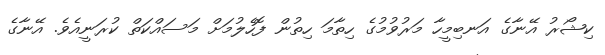
ކިޝޯރު އޭނާގެ އަނބިމީހާ މަރުވުމުގެ ހިތާމަ ހިތުން ފޮހެލުމަށް މަސައްކަތް ކުރަނީއެވެ. އޭނާގެ